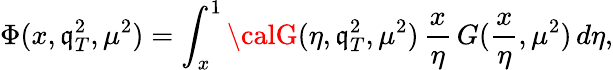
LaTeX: \Phi(x,\mathfrak{q}_{T}^{2},\mu^{2})=\int_{x}^{1}{\calG}(\eta,\mathfrak{q}_{T}^{2},\mu^{2})\, \frac{{x}}{{\eta}}\, G(\frac{{x}}{{\eta}},\mu^{2})\, d\eta,